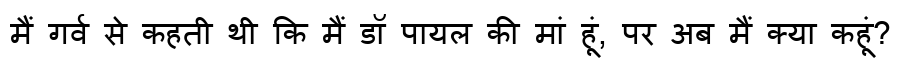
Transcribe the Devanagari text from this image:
मैं गर्व से कहती थी कि मैं डॉ पायल की मां हूं, पर अब मैं क्या कहूं?